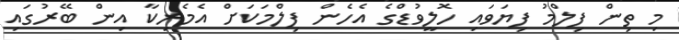
މި ތިން ފިލްމު ފިޔަވައި ހޮލީވުޑްގެ އެހެން ފިލްމަކަށް އެމެރިކާ އިން ބޭރުގައި